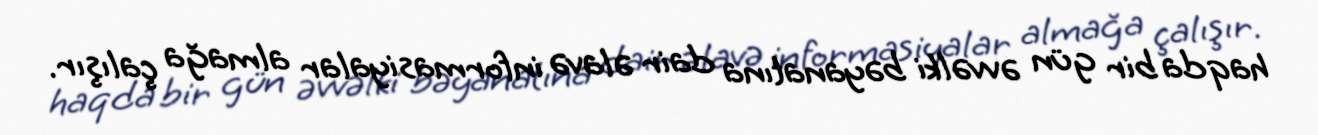
haqda bir gün əvvəlki bəyanatına dair əlavə informasiyalar almağa çalışır.